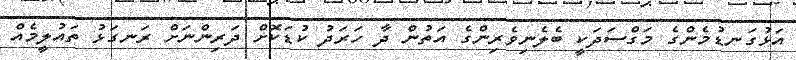
އަޅުގަނޑުމެންގެ މަގްސަދަކީ ބެލެނިވެރިންގެ އަތުން ދާ ހަރަދު ކުޑަކޮށް ދަރިންނަށް ރަނގަޅު ތައުލީމެއް